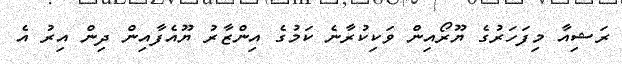
ރަޝިއާ މިފަހަރުގެ ޔޫރޯއިން ވަކިކުރާނެ ކަމުގެ އިންޒާރު ޔޫއެފާއިން ދިން އިރު އެ